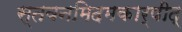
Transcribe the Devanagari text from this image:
स्तवनमिदमकार्षीद्